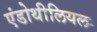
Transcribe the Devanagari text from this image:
एंडोथीलियल